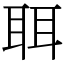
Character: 聑